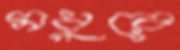
মধুরে